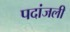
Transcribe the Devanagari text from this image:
पदांजली